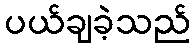
ပယ်ချခဲ့သည်